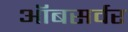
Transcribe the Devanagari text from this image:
ऑबसर्वर